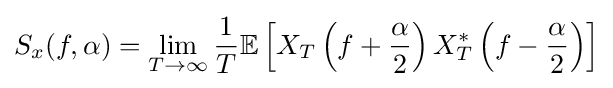
S_{x}(f,\alpha )=\lim _{T\to \infty }{\frac {1}{T}}\mathbb {E} \left[X_{T}\left(f+{\frac {\alpha }{2}}\right)X_{T}^{*}\left(f-{\frac {\alpha }{2}}\right)\right]